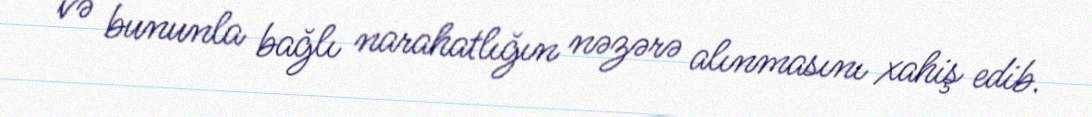
və bununla bağlı narahatlığın nəzərə alınmasını xahiş edib.